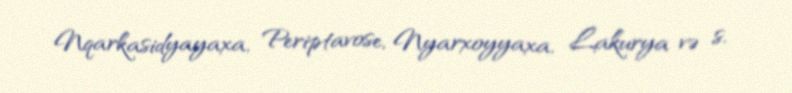
Nqarkasidyayaxa, Periptavose, Nyarxoyyaxa, Lakurya və s.